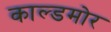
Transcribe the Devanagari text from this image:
काल्डमोर